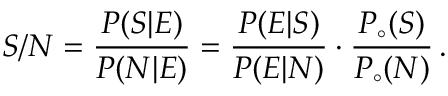
S / N = \frac { P ( S | E ) } { P ( N | E ) } = \frac { P ( E | S ) } { P ( E | N ) } \cdot \frac { P _ { \circ } ( S ) } { P _ { \circ } ( N ) } \, .